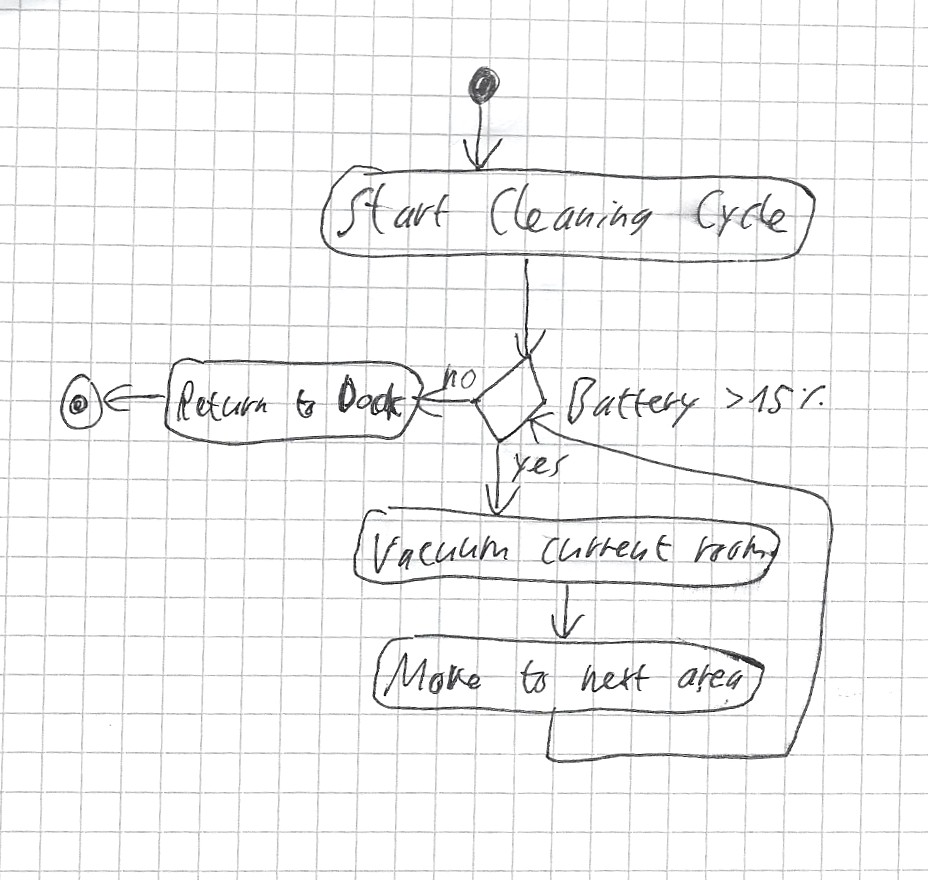
Diagram type: activity_diagram
```plantuml
@startuml

start
:Start Cleaning Cycle;
while (Battery > 15%?) is (yes)
  :Vacuum current room;
  :Move to next area;
endwhile (no)
:Return to Dock;
stop

@enduml
```